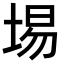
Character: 埸